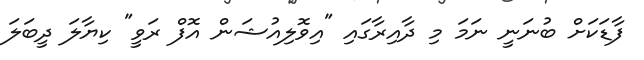
ފާޑަކަށް ބުނަނީ ނަމަ މި ދާއިރާގައި "އިވޮލިއުޝަން އޮފް ރަވީ" ކިޔާލަ ދީބަލަ